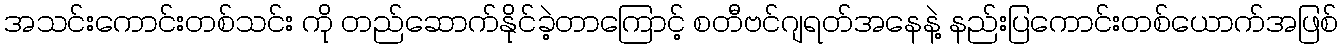
အသင်းကောင်းတစ်သင်း ကို တည်ဆောက်နိုင်ခဲ့တာကြောင့် စတီဗင်ဂျရတ်အနေနဲ့ နည်းပြကောင်းတစ်ယောက်အဖြစ်